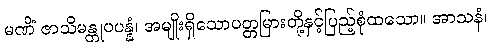
မဏိံ ဇာသိမန္တုပပန္နံ၊ အမျိုးရှိသောပတ္တမြားတို့နှင့်ပြည့်စုံထသော။ အာသနံ၊